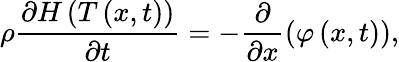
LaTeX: \rho\frac{\partial H\left(T\left(x,t\right)\right)}{\partial t}=-\frac{\partial}{\partial x}\left(\varphi\left(x,t\right)\right),